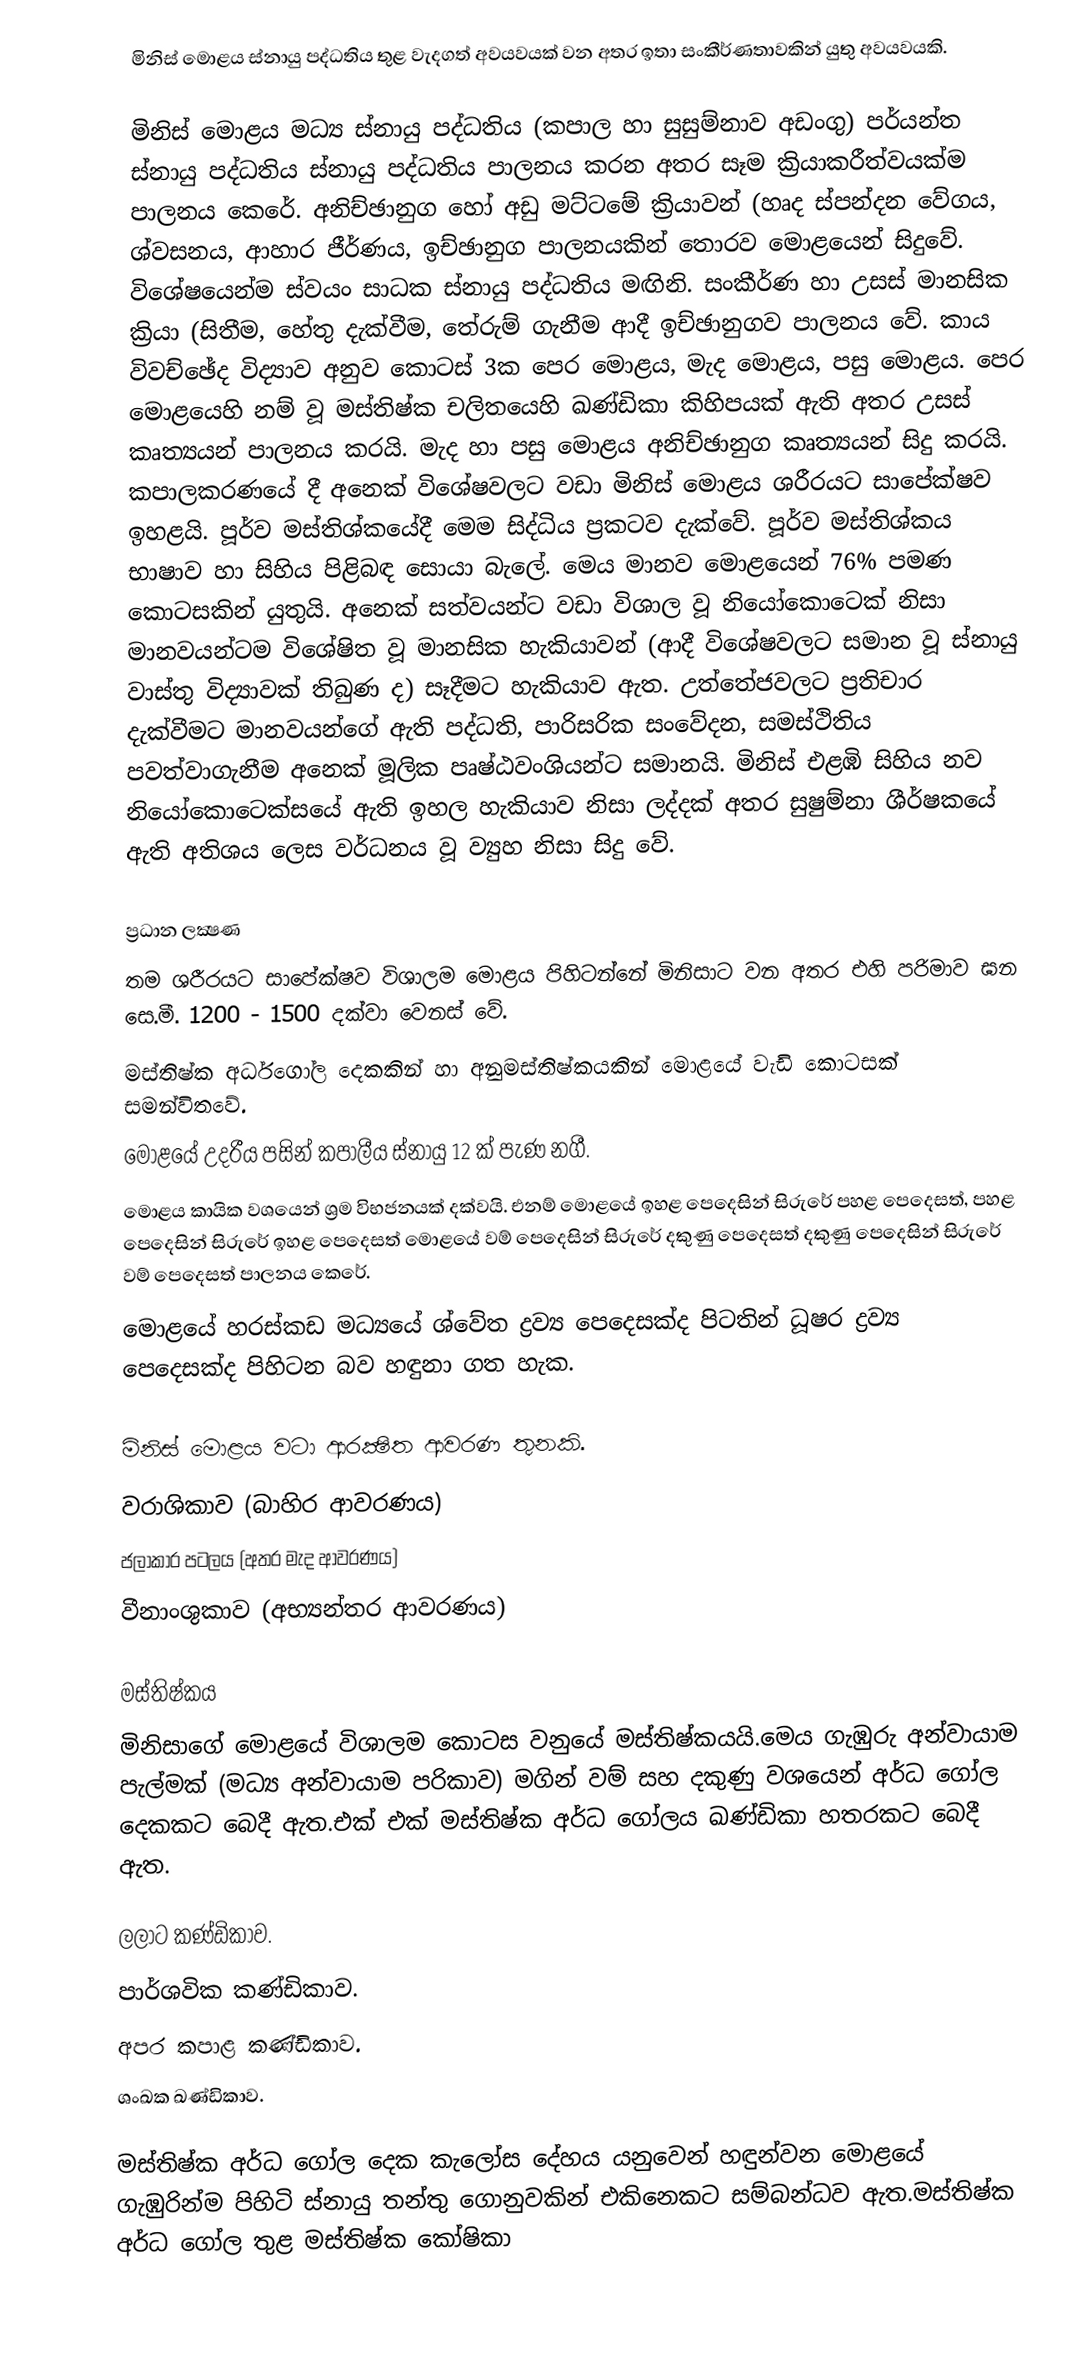
මිනිස් මොළය ස්නායු පද්ධතිය තුළ වැදගත් අවයවයක් වන අතර ඉතා සංකීර්ණතාවකින් යුතු අවයවයකි.

මිනිස් මොළය මධ්‍ය ස්නායු පද්ධතිය (කපාල හා සුසුම්නාව අඩංගු) පර්යන්ත ස්නායු පද්ධතිය ස්නායු පද්ධතිය පාලනය කරන අතර සෑම ක්‍රියාකරීත්වයක්ම පාලනය කෙරේ. අනිච්ඡානුග හෝ අඩු මට්ටමේ ක්‍රියාවන් (හෘද ස්පන්දන වේගය, ශ්වසනය, ආහාර ජීර්ණය, ඉච්ඡානුග පාලනයකින් තොරව මොළයෙන් සිදුවේ. විශේෂයෙන්ම ස්වයං සාධක ස්නායු පද්ධතිය මඟිනි. සංකීර්ණ හා උසස් මානසික ක්‍රියා (සිතීම, හේතු දැක්වීම, තේරුම් ගැනීම ආදී ඉච්ඡානුගව පාලනය වේ. කාය විවච්ඡේද විද්‍යාව අනුව කොටස් 3ක පෙර මොළය, මැද මොළය, පසු මොළය. පෙර මොළයෙහි නම් වූ මස්තිෂ්ක චලිතයෙහි ඛණ්ඩිකා කිහිපයක් ඇති අතර උසස් කෘත්‍යයන් පාලනය කරයි. මැද හා පසු මොළය අනිච්ඡානුග කෘත්‍යයන් සිදු කරයි. කපාලකරණයේ දී අනෙක් විශේෂවලට වඩා මිනිස් මොළය ශරීරයට සාපේක්ෂව ඉහළයි. පූර්ව මස්තිශ්කයේදී මෙම සිද්ධිය ප්‍රකටව දැක්වේ. පූර්ව මස්තිශ්කය භාෂාව හා සිහිය පිළිබඳ සොයා බැලේ. මෙය මානව මොළයෙන් 76% පමණ කොටසකින් යුතුයි. අනෙක් සත්වයන්ට වඩා විශාල වූ නියෝකොටෙක් නිසා මානවයන්ටම විශේෂිත වූ මානසික හැකියාවන් (ආදී විශේෂවලට සමාන වූ ස්නායු වාස්තු විද්‍යාවක් තිබුණ ද) සෑදීමට හැකියාව ඇත. උත්තේජවලට ප්‍රතිචාර දැක්වීමට මානවයන්ගේ ඇති පද්ධති, පාරිසරික සංවේදන, සමස්ථිතිය පවත්වාගැනීම අනෙක් මූලික පෘෂ්ඨවංශියන්ට සමානයි. මිනිස් එළඹි සිහිය නව නියෝකොටෙක්සයේ ඇති ඉහල හැකියාව නිසා ලද්දක් අතර සුෂුම්නා ශීර්ෂකයේ ඇති අතිශය ලෙස වර්ධනය වූ ව්‍යුහ නිසා සිදු වේ.

ප්‍රධාන ලක්‍ෂණ
තම ශරීරයට සාපේක්ෂව විශාලම මොළය පිහිටන්නේ මිනිසාට වන අතර එහි පරිමාව ඝන සෙ.මී. 1200 - 1500 දක්වා වෙනස් වේ.
මස්තිෂ්ක අර්ධගෝල දෙකකින් හා අනුමස්තිෂ්කයකින් මොළයේ වැඩි කොටසක් සමන්විතවේ.
මොළයේ උදරීය පසින් කපාලීය ස්නායු 12 ක් පැණ නගී.
මොළය කායික වශයෙන් ශ්‍රම විභජනයක් දක්වයි. එනම් මොළයේ ඉහළ පෙදෙසින් සිරුරේ පහළ පෙදෙසත්, පහළ පෙදෙසින් සිරුරේ ඉහළ පෙදෙසත් මොළයේ වම් පෙදෙසින් සිරුරේ දකුණු පෙදෙසත් දකුණු පෙදෙසින් සිරුරේ වම් පෙදෙසත් පාලනය කෙරේ.
මොළයේ හරස්කඩ මධ්‍යයේ ශ්වේත ද්‍රව්‍ය පෙදෙසක්ද පිටතින් ධූෂර ද්‍රව්‍ය පෙදෙසක්ද පිහිටන බව හඳුනා ගත හැක.

මිනිස් මොළය වටා ආරක්‍ෂිත ආවරණ තුනකි.
 වරාශිකාව (බාහිර ආවරණය)
 ජලාකාර පටලය (අතර මැද ආවරණය)
 වීනාංශුකාව (අභ්‍යන්තර ආවරණය)

මස්තිෂ්කය
මිනිසාගේ මොළයේ විශාලම කොටස වනුයේ මස්තිෂ්කයයි.මෙය ගැඹුරු අන්වායාම පැල්මක් (මධ්‍ය අන්වායාම පරිකාව) මගින් වම් සහ දකුණු වශයෙන් අර්ධ ගෝල දෙකකට බෙදී ඇත.එක් එක් මස්තිෂ්ක අර්ධ ගෝලය ඛණ්ඩිකා හතරකට බෙදී ඇත.

ලලාට කණ්ඩිකාව.
පාර්ශවික කණ්ඩිකාව.
අපර කපාළ කණ්ඩිකාව.
ශංඛක ඛණ්ඩිකාව.

මස්තිෂ්ක අර්ධ ගෝල දෙක කැලෝස දේහය යනුවෙන් හඳුන්වන මොළයේ ගැඹුරින්ම පිහිටි ස්නායු තන්තු ගොනුවකින් එකිනෙකට සම්බන්ධව ඇත.මස්තිෂ්ක අර්ධ ගෝල තුළ මස්තිෂ්ක කෝෂිකා